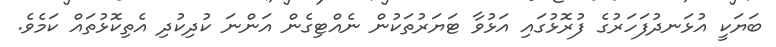
ބަޔަކީ އުޅަނދުފަހަރުގެ ފުރޮޅުގައި އަޅުވާ ޓަޔަރުތަކުން ނެއްޓިގެން އަންނަ ކުދިކުދި އެތިކޮޅުތައް ކަމެވެ.